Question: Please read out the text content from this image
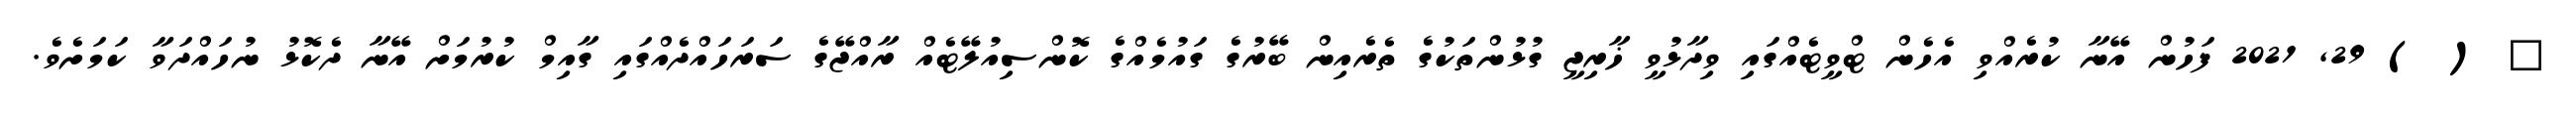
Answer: ? ( ) 29, 2021 ފަހުން އޭނާ ކުރެއްވި އެހެން ޓްވީޓެއްގައި ވިދާޅުވީ ޚާރިޖީ ގުޅުންތަކުގެ ތެރެއިން ބޭރުގެ ގައުމެއްގެ ކޮންސިއުލޭޓެއް ރާއްޖޭގެ ސަރަހައްދެއްގައި ގާއިމް ކުރުމަށް އޭނާ ދެކޮޅު ނުހައްދަވާ ކަމަށެވެ.